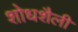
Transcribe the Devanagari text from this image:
शोधशैली